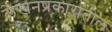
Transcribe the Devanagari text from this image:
लेखनप्रकारातील